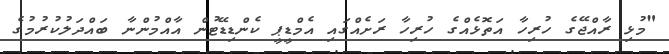
"މުޅި ރާއްޖޭގެ ހުރިހާ އަތޮޅެއްގެ ހުރިހާ ރަށެއްގައި އެމްޑީޕީ ކެންޑިޑޭޓުން އާއްމުންނާ ބައްދަލުކުރުމުގެ